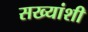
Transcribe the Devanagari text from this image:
सख्यांशी